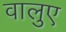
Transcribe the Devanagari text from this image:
वालुए